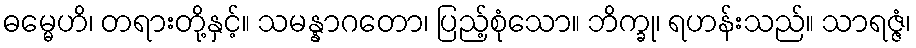
ဓမ္မေဟိ၊ တရားတို့နှင့်။ သမန္နာဂတော၊ ပြည့်စုံသော။ ဘိက္ခု၊ ရဟန်းသည်။ သာရဇ္ဇံ၊